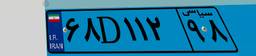
۹۱D۷۲۳۳۱